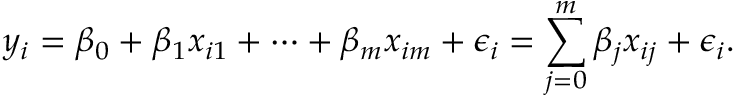
y _ { i } = \beta _ { 0 } + \beta _ { 1 } x _ { i 1 } + \cdots + \beta _ { m } x _ { i m } + \epsilon _ { i } = \sum _ { j = 0 } ^ { m } \beta _ { j } x _ { i j } + \epsilon _ { i } .